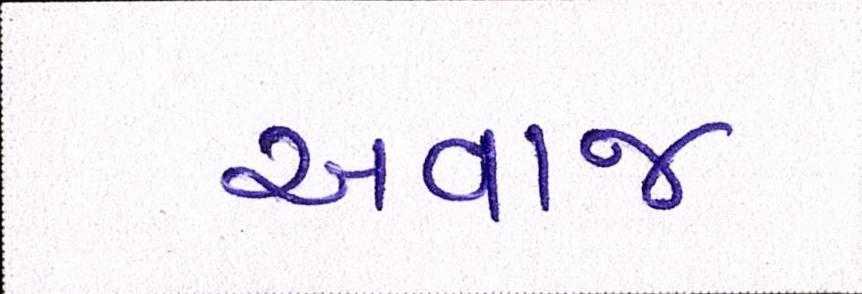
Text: અવાજ